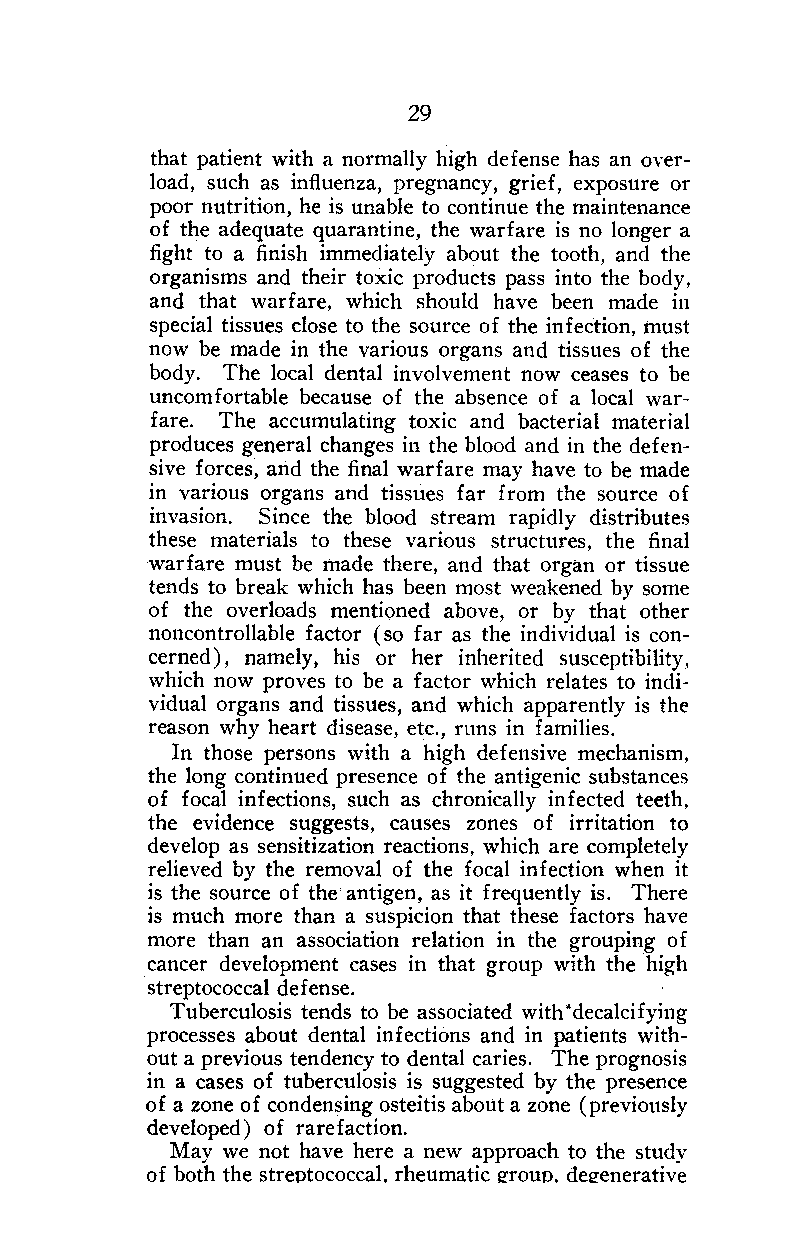
29
 that patient with a normally high defense has an over-
 load, such as influenza, pregnancy.. grief, exposure or
 poor nutrition, he is unable to continue the maintenance
 of the adequate quarantine, the warfare is no longer a
 fight to a finish immediately about the tooth, and the
 organisms and their toxic products pass into the body,
 and that warfare, which should have been made in
 special tissues close to the source of the infection, must
 now be made in the various organs and tissues of the
 body. The local dental involvement now ceases to be
 uncomfortable because of the absence of a local war-
 fare. The accumulating toxic and bacterial material
 produces general changes in the blood and in the defen-
 sive forces, and the final warfare may have to be made
 in various organs and tissues far from the source of
 invasion. Since the blood stream rapidly distributes
 these materials to these various structures, the final
 warfare must be made there, and that organ or tissue
 tends to break which has been most weakened by some
 of the overloads mentioned above, or by that other
 noncontrollable factor ( so far as the individual is con-
 cerned) , namely, his or her inherited susceptibility,
 which now proves to be a factor which relates to indi-
 vidual organs and tissues, and which apparently is the
 reason why heart disease, etc., runs in families.
 In those persons with a high defensive mechanism,
 the long continued presence of the antigenic substances
 of focal infections, such as chronically infected teeth,
 the evidence suggests, causes zones of irritation to
 develop as sensitization reactions, which are completely
 relieved by the removal of the focal infection when it
 is the source of the antigen, as it frequently is. There
 is much more than a suspicion that these factors have
 more than an association relation in the grouping of
 cancer development cases in that group with the high
 streptococcal defense.
 Tuberculosis tends to be associated with'decalcifying
 processes about dental infections and in patients with-
 out a previous tendency to dental caries. The prognosis
 in a cases of tuberculosis is suggested by the presence
 of a zone of condensing osteitis about a zone (previously
 developed) of rarefaction.
 May we not have here a new approach to the study
 of both the streptococcal, rheumatic 2:roup, de2:enerative